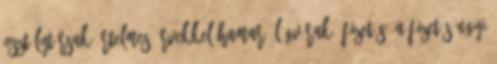
osztálytársak értelmes érvekkel hamar. Légvárak: Fizetés? A fizetés ugyi